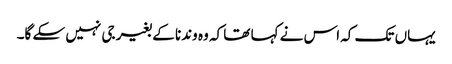
یہاں تک کہ اس نے کہا تھا کہ وہ وندنا کے بغیر جی نہیں سکے گا۔